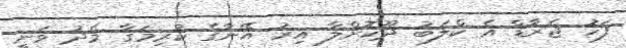
ފަހު ޖެރާޑް އެ ކްލަބު ދޫކޮށްލާ އިރު އޭނާގެ ކުރިމަގާ މެދު ވަނީ